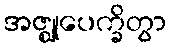
အဇ္ဈုပေက္ခိတွာ